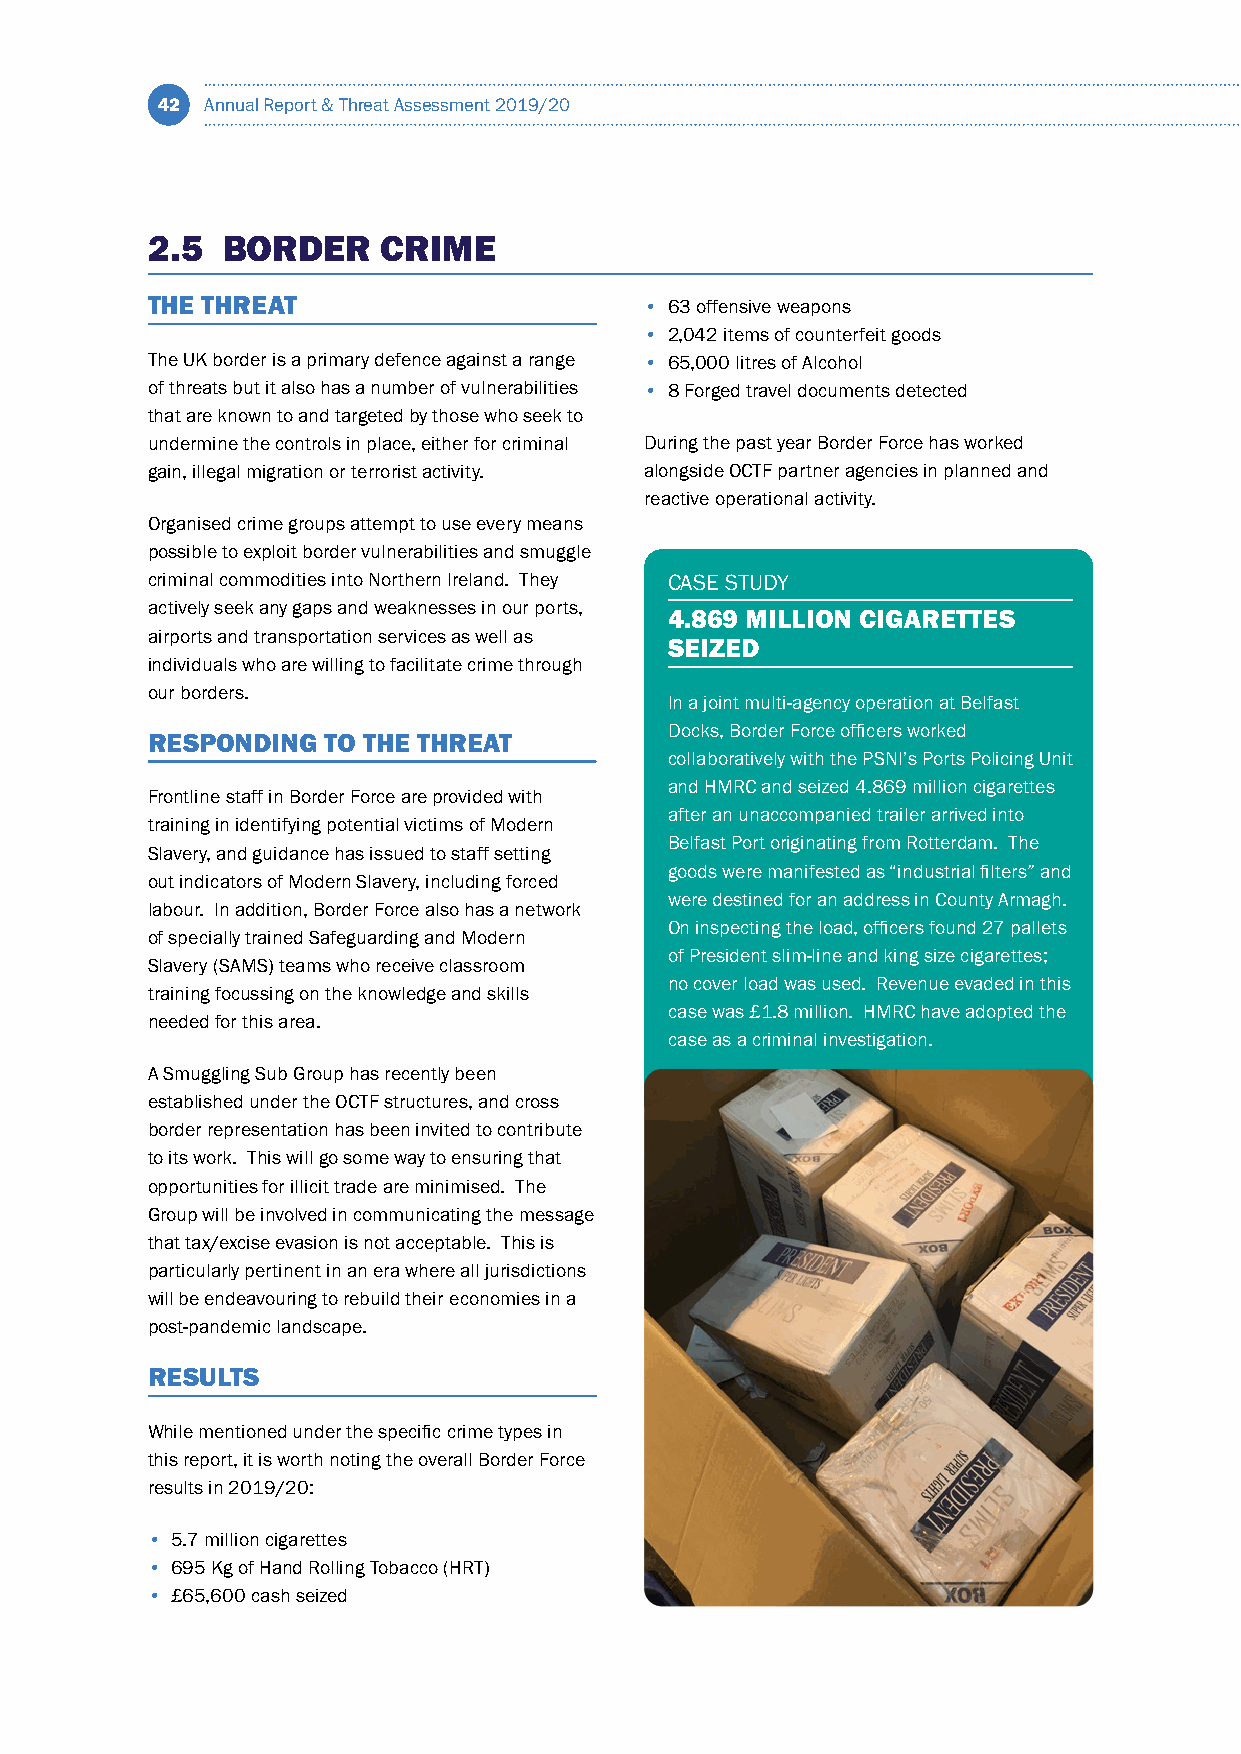
42  Annual Report & Threat Assessment 2019/20
 2.5  BORDER    CRIME
 THE THREAT                       • 63 offensive weapons
 • 2,042 items of counterfeit goods
 The UK border is a primary defence against a range • 65,000 litres of Alcohol
 of threats but it also has a number of vulnerabilities • 8 Forged travel documents detected
 that are known to and targeted by those who seek to
 undermine the controls in place, either for criminal During the past year Border Force has worked
 gain, illegal migration or terrorist activity. alongside OCTF partner agencies in planned and
 reactive operational activity.
 Organised crime groups attempt to use every means
 possible to exploit border vulnerabilities and smuggle
 criminal commodities into Northern Ireland. They CASE STUDY
 actively seek any gaps and weaknesses in our ports,
 4.869 MILLION CIGARETTES
 airports and transportation services as well as
 SEIZED
 individuals who are willing to facilitate crime through
 our borders.
 In a joint multi-agency operation at Belfast
 Docks, Border Force officers worked
 RESPONDING  TO THE THREAT
 collaboratively with the PSNI’s Ports Policing Unit
 and HMRC and seized 4.869 million cigarettes
 Frontline staff in Border Force are provided with
 after an unaccompanied trailer arrived into
 training in identifying potential victims of Modern
 Belfast Port originating from Rotterdam. The
 Slavery, and guidance has issued to staff setting
 goods were manifested as “industrial filters” and
 out indicators of Modern Slavery, including forced
 were destined for an address in County Armagh.
 labour. In addition, Border Force also has a network
 On inspecting the load, officers found 27 pallets
 of specially trained Safeguarding and Modern
 of President slim-line and king size cigarettes;
 Slavery (SAMS) teams who receive classroom
 no cover load was used. Revenue evaded in this
 training focussing on the knowledge and skills
 case was £1.8 million. HMRC have adopted the
 needed for this area.
 case as a criminal investigation.
 A Smuggling Sub Group has recently been
 established under the OCTF structures, and cross
 border representation has been invited to contribute
 to its work. This will go some way to ensuring that
 opportunities for illicit trade are minimised. The
 Group will be involved in communicating the message
 that tax/excise evasion is not acceptable. This is
 particularly pertinent in an era where all jurisdictions
 will be endeavouring to rebuild their economies in a
 post-pandemic landscape.
 RESULTS
 While mentioned under the specific crime types in
 this report, it is worth noting the overall Border Force
 results in 2019/20:
 • 5.7 million cigarettes
 • 695 Kg of Hand Rolling Tobacco (HRT)
 • £65,600 cash seized